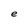
Character: e